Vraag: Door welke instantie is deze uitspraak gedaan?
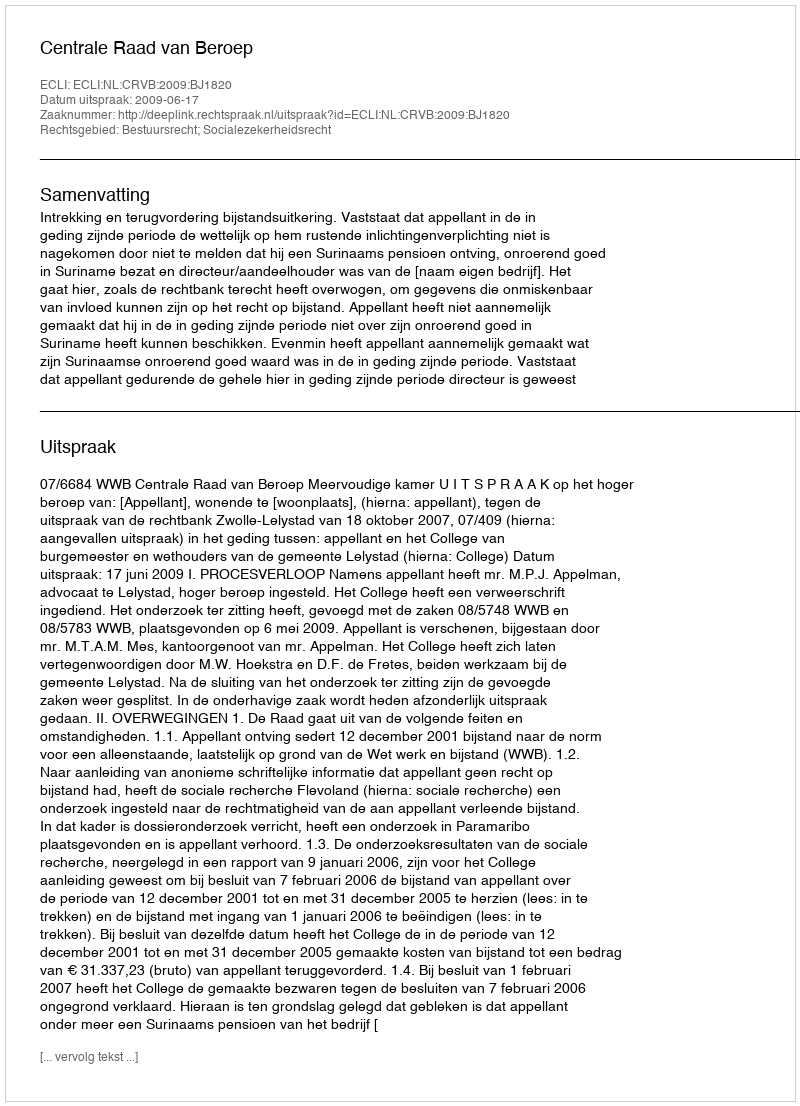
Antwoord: Centrale Raad van Beroep